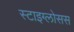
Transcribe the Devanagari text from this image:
स्टाइग्लोसस